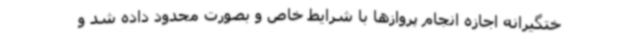
ختگیرانه اجازه انجام پروازها با شرایط خاص و بصورت محدود داده شد و